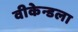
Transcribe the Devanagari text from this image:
वीकेन्डला